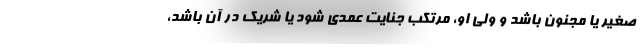
صغیر یا مجنون باشد و ولی او، مرتکب جنایت عمدی شود یا شریک در آن باشد،